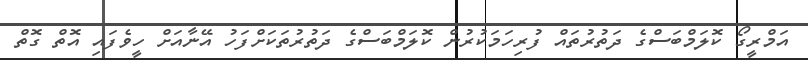
އަމްރީގޯ ކޮލަމްބަސްގެ ދަތުރުތައް ފުރިހަމަކުރުން ކޮލަމްބަސްގެ ދަތުރުތަކަށްފަހު އޭނާއަށް ހީވެފައި އޮތް ގޮތް